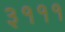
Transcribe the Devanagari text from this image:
३१११